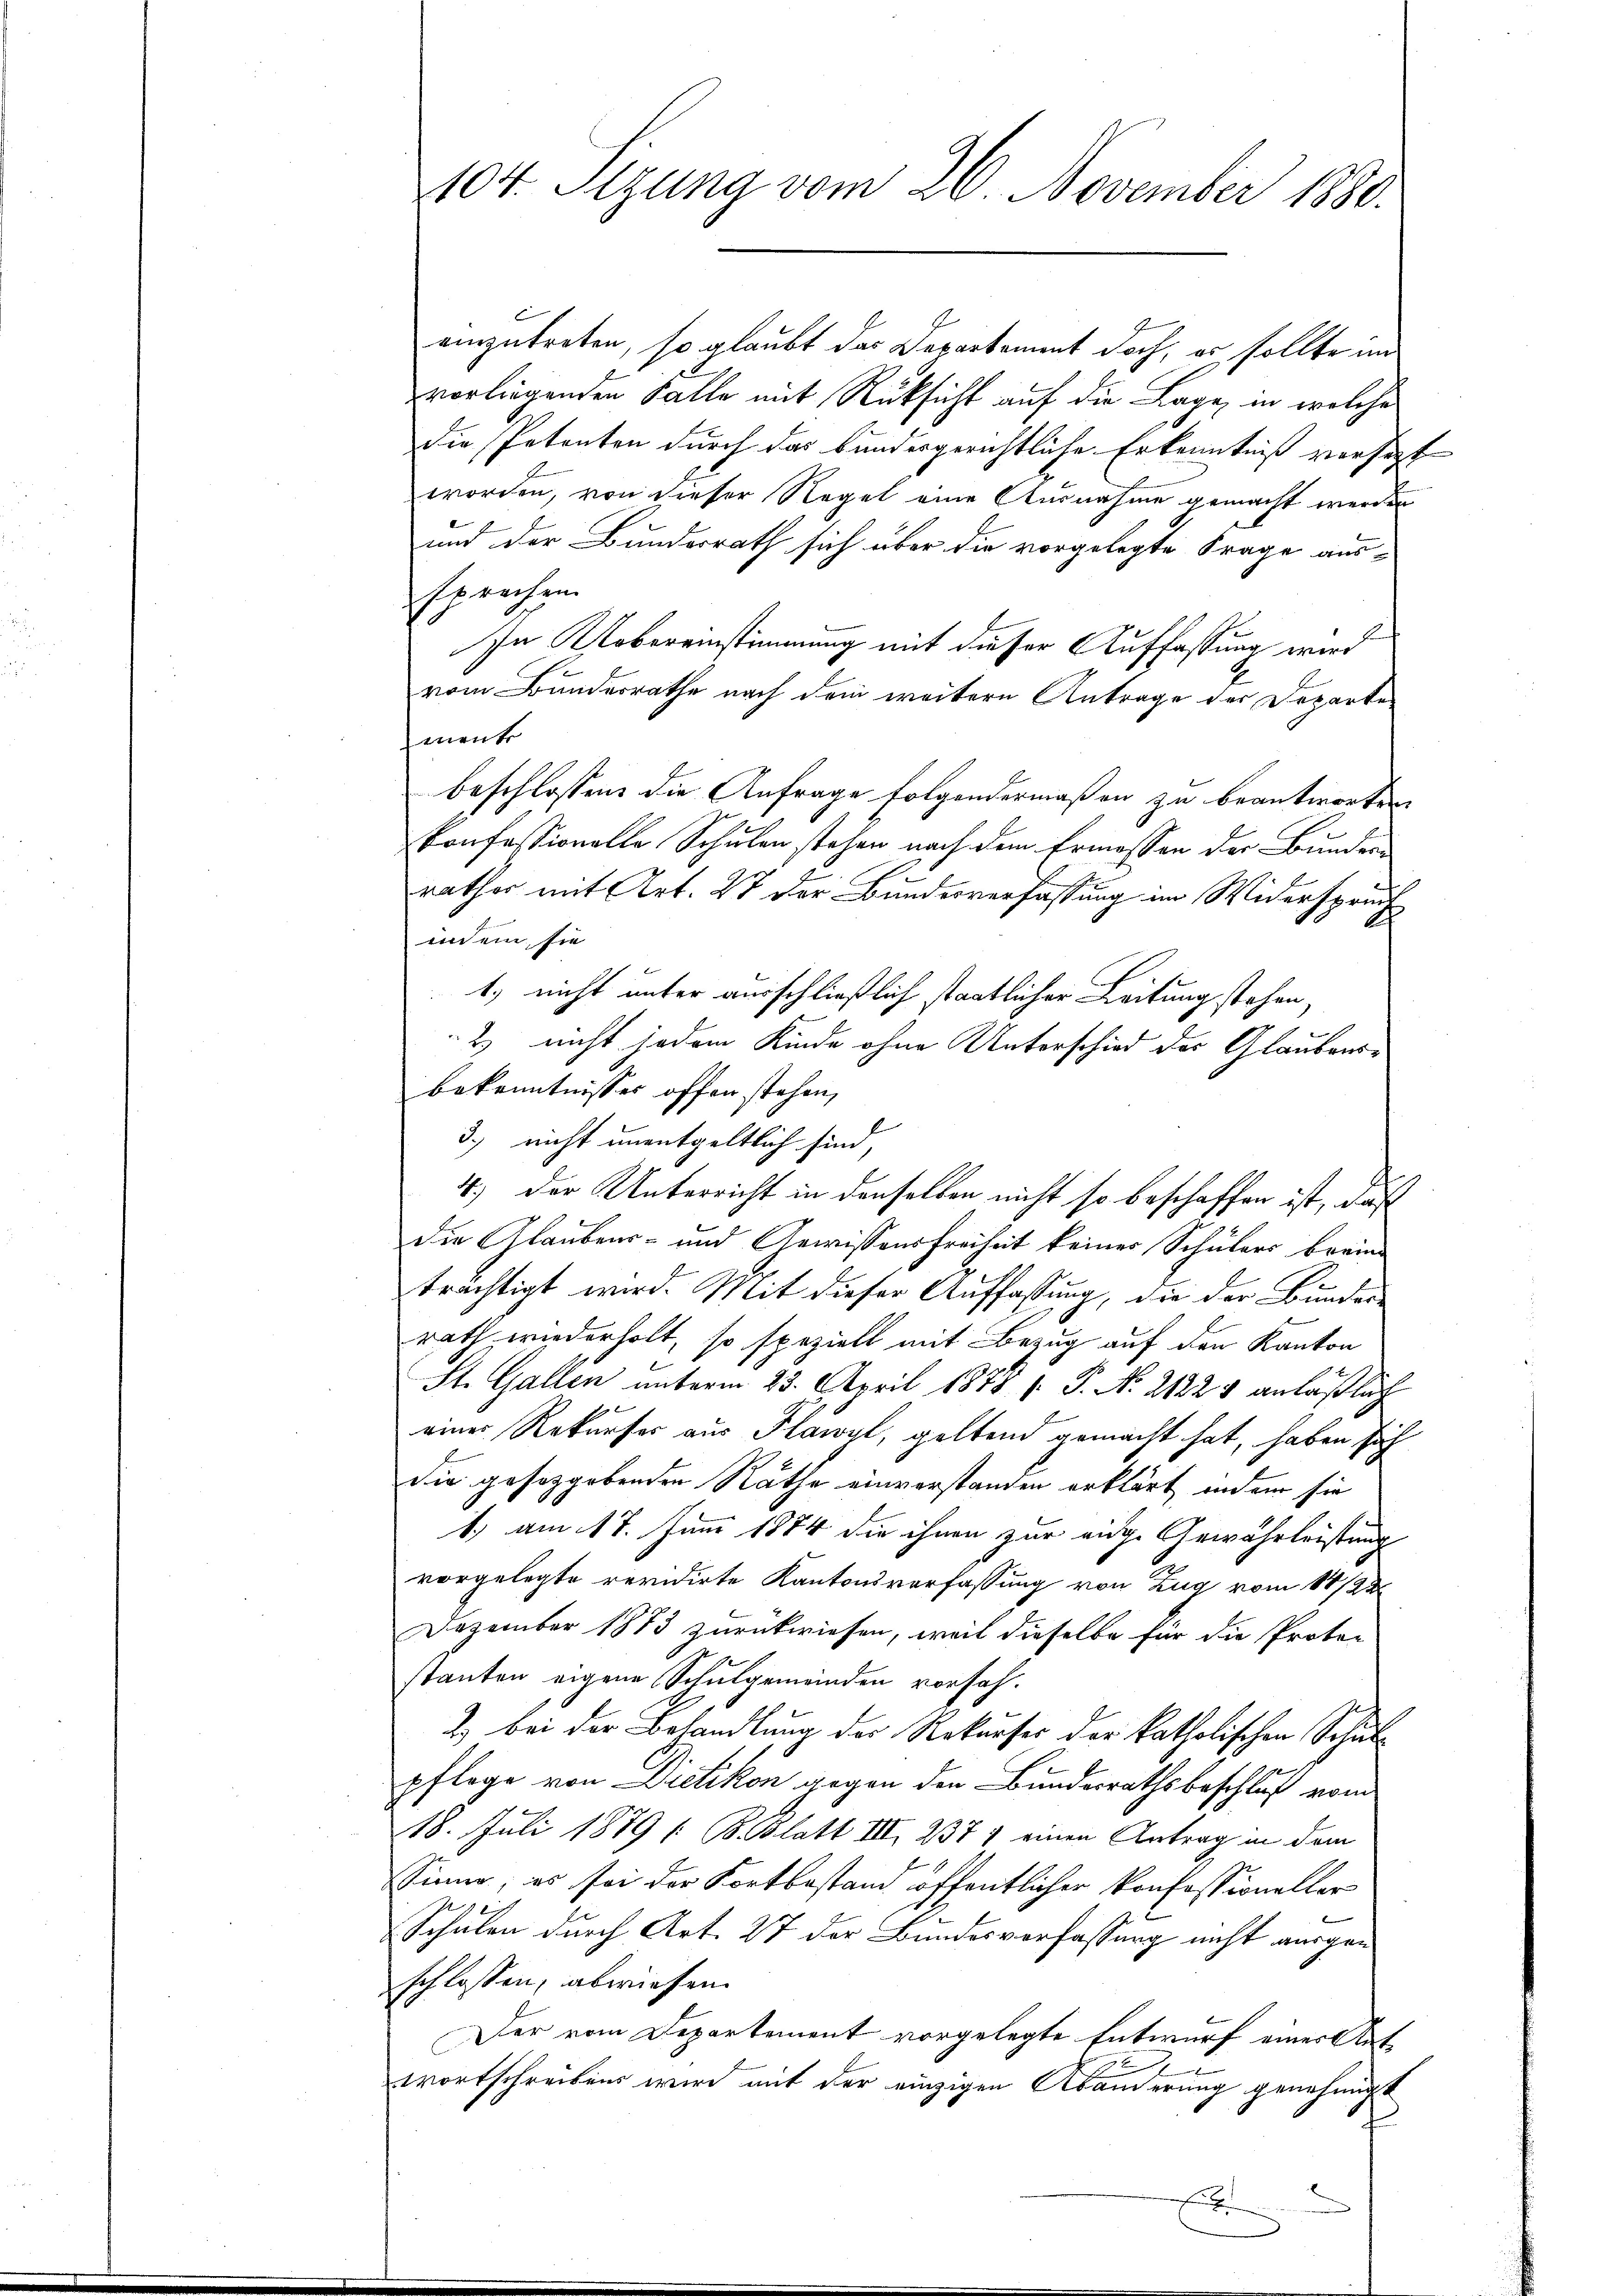
104. Sizung vom 26. November 1880.

einzutreten, so glaubt das Departament doch, er sollte im
vorliegenden Falle mit Rüksicht auf die Lage, in welche
die Petenten durch das bundesgerichtliche Erkenntniß versitzt
worden, von dieser Regel eine Ausnahme gemacht werden
und der Bunderrath sich über die vorgelegte Frage aus-
sprechen.
In Robereinstimmung mit dieser Auffassung wird
vom Bundesrathe nach dem weitere Antrage der Departe
mente
beschlossen die Anfrage folgendermaßen zu beantworten
konfessionelle Schulen stehen nach dem Ermessen der Bundesrathes mit Art. 27 der Bundesverfassung im Widerspruch
indem sie
1.) nicht unter ausschließlich staatlicher Leitung stehen,
2) nicht jedem Kinde ohne Unterschied des Glaubensbekenntnisses offen stehen,
3) nicht unentgeltlich sind,
4.) Der Unterricht in denselben nicht so beschaffen ist, daß
die Glaubens- und Gewissensfreiheit keiner Schülers brein¬
J
trächtigt wird. Mit dieser Auffassung, die der Bunder
rath wiederholt, so spezielt mit Bezug auf den Kanton
St. Gallen unterm 23. April 1878 / P. N. 2122 1 anläßlich
einer Rekurser aus Flawyl, geltend gemacht hat, haben sich
die gesorgebenden Räthe einverstanden erklärt, indem sie
1.) am 17. Juni 1884 die ihnen zur eige Gewährleistung
vorgelegte revidirte Kantonsverfassung von Zug vom 14/23.
Dezember 1873 zurückwiesen, weil dieselbe für die Proto-
stanten eigene Schulgemeinden vorsah.
2.) bei der Behandlung der Rekurses der katholischen Schulpfloge von Dietikon gegen den Bundesrathsbeschluß vom
18. Juli 1879 / B. Blatt III 237 7 einen Antrag in dem
Sinne; es sei der Fortbestand öffentlicher Konfessioneller
Schulen durch Art. 27 der Bundesverfassung nicht ausgan
schlossen, abwiesen.
Der vom Departement vorgelegte Entwurf einer Auf-
2
wortschreiben wird mit der einzigen Abänderung genehmigt
2
u
f